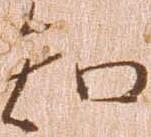
知